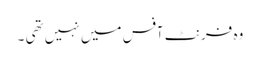
وہ فرنٹ آفس میں نہیں تھی ۔